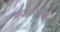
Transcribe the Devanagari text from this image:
पर्यावरणरक्षी